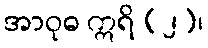
အာဝုဓ ဣရိ (၂)၊